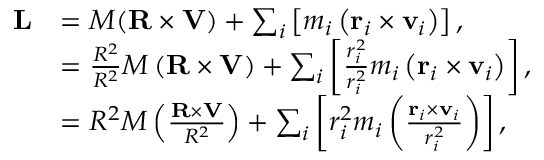
{ \begin{array} { r l } { \mathbf { L } } & { = M ( \mathbf { R } \times \mathbf { V } ) + \sum _ { i } \left[ m _ { i } \left( \mathbf { r } _ { i } \times \mathbf { v } _ { i } \right) \right] , } \\ & { = { \frac { R ^ { 2 } } { R ^ { 2 } } } M \left( \mathbf { R } \times \mathbf { V } \right) + \sum _ { i } \left[ { \frac { r _ { i } ^ { 2 } } { r _ { i } ^ { 2 } } } m _ { i } \left( \mathbf { r } _ { i } \times \mathbf { v } _ { i } \right) \right] , } \\ & { = R ^ { 2 } M \left( { \frac { \mathbf { R } \times \mathbf { V } } { R ^ { 2 } } } \right) + \sum _ { i } \left[ r _ { i } ^ { 2 } m _ { i } \left( { \frac { \mathbf { r } _ { i } \times \mathbf { v } _ { i } } { r _ { i } ^ { 2 } } } \right) \right] , } \end{array} }